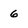
Character: 6